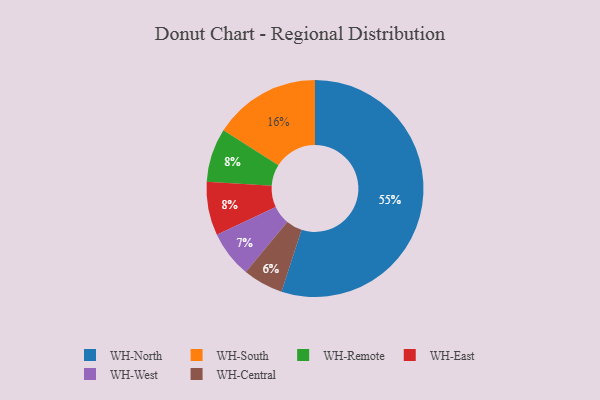
{"axis": {"x": "Category", "y": "Percentage"}, "legend": ["WH-Central", "WH-East", "WH-North", "WH-Remote", "WH-South", "WH-West"], "data": [{"x": "WH-North", "y": 55, "type": "WH-North"}, {"x": "WH-Central", "y": 6, "type": "WH-Central"}, {"x": "WH-Remote", "y": 8, "type": "WH-Remote"}, {"x": "WH-South", "y": 16, "type": "WH-South"}, {"x": "WH-East", "y": 8, "type": "WH-East"}, {"x": "WH-West", "y": 7, "type": "WH-West"}]}